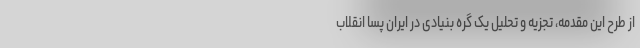
از طرح این مقدمه، تجزیه و تحلیل یک گره بنیادی در ایران پسا انقلاب